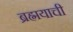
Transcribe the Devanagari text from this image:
ब्रह्मयाची